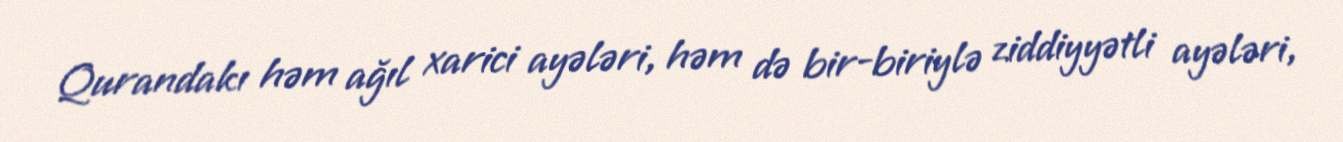
Qurandakı həm ağıl xarici ayələri, həm də bir-biriylə ziddiyyətli ayələri,